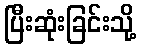
ပြီးဆုံးခြင်းသို့